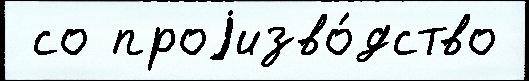
 со проjизво́дство